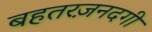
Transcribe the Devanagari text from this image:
बहतरज़नदगी